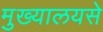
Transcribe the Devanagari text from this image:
मुख्यालयसे